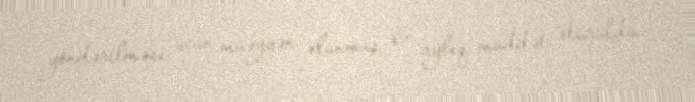
göndərilməsi üçün müəyyən olunmuş 6 aylıq müddət ötürüldü.